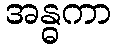
အန္ဓကာ